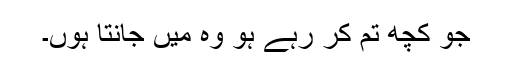
جو کچھ تم کر رہے ہو وہ میں جانتا ہوں۔